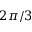
2 \pi / 3